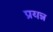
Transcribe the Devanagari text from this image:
प्रयन्न